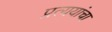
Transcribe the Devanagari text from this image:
प्रत्ययांचा